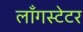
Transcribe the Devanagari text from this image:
लाँगस्टेटर